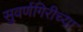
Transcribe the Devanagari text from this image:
सुवर्णगिरीच्या